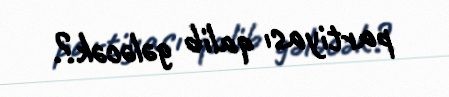
partiyası qalib gələcək?.